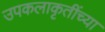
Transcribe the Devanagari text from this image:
उपकलाकृतींच्या